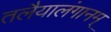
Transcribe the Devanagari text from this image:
तलैयालंगानम्